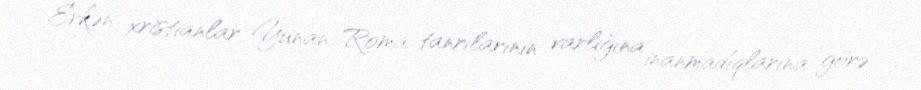
Erkən xristianlar Yunan-Roma tanrılarının varlığına inanmadıqlarına görə